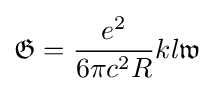
{\displaystyle {\mathfrak {G}}={\frac {e^{2}}{6\pi c^{2}R}}kl{\mathfrak {w}}}